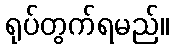
ရုပ်တွက်ရမည်။